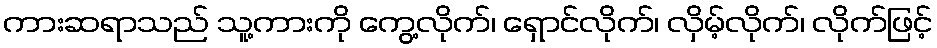
ကားဆရာသည် သူ့ကားကို ကွေ့လိုက်၊ ရှောင်လိုက်၊ လှိမ့်လိုက်၊ လိုက်ဖြင့်